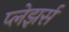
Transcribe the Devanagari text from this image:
प्लेझर्स